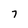
Character: 7